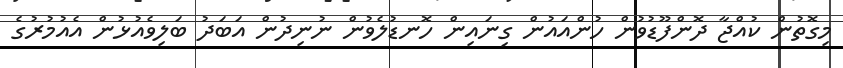
މިގޮތުން ކުއްޖާ ދޮންފޫޑުވުން ހުންއައުން ގިނައިން ހޮނޑުލެވުން ނުނިދުން އަބަދު ބަލިވެއުޅުން އެއުމުރުގެ